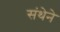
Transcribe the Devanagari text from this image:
संथेने